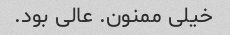
خیلی ممنون. عالی بود.